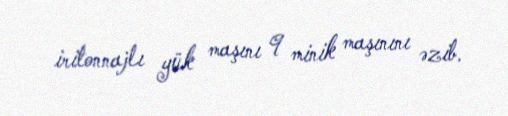
iritonnajlı yük maşını 9 minik maşınını əzib.